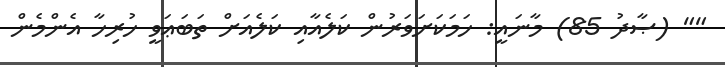
"" (ޞާދު 85) މާނައީ: ހަމަކަށަވަރުން ކަލެއާއި ކަލެއަށް ތަބަޢަވީ ހުރިހާ އެންމެން